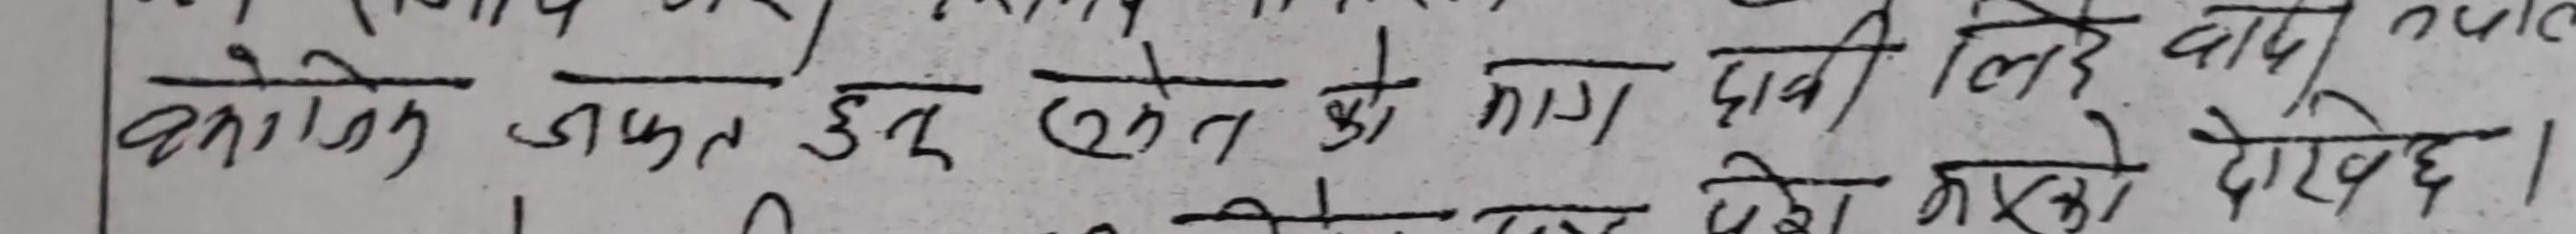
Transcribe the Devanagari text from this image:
आलोक जफत दुई खेत को मांग पानी लिने वाद मुलक देखे छ।